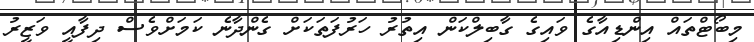
މިބޯޓްތައް އިންޑިއާގެ ވައިގެ ގާބިލްކަން އިތުރު ހަރުފަތަކަށް ގެންދާނެ ކަމަށްވެސް ދިފާއީ ވަޒީރު